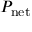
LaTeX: P _ { \mathrm { n e t } }